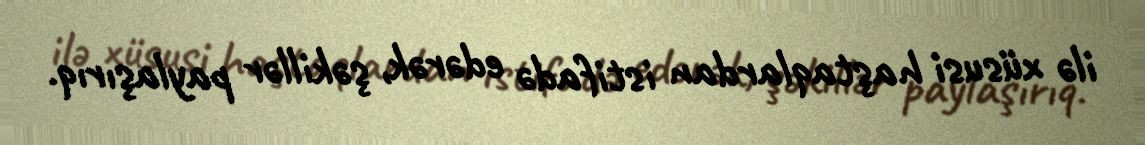
ilə xüsusi haştaqlardan istifadə edərək, şəkillər paylaşırıq.